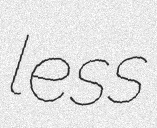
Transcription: less